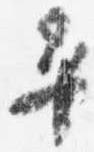
平